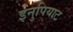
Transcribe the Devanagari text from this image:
इनुपियाट